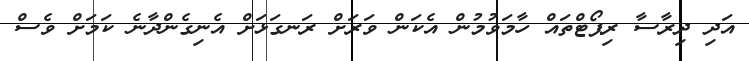
އަދި ދިރާސާ ރިޕޯޓްތައް ހާމަވުމުން އެކަން ވަރަށް ރަނގަޅަށް އެނިގެންދާނެ ކަމަށް ވެސް